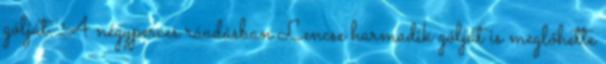
gólját. A négyperces ráadásban Lencse harmadik gólját is meglőhette